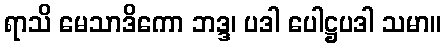
ရာသိ မေသာဒိကော ဘဒ္ဒ၊ ပဒါ ပေါဋ္ဌပဒါ သမာ။